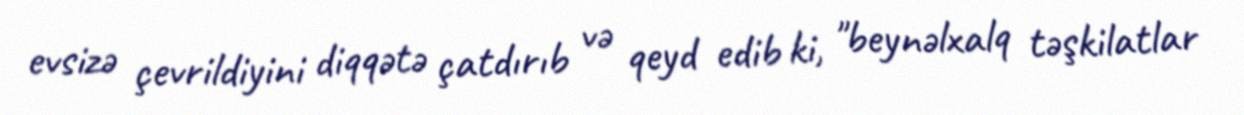
evsizə çevrildiyini diqqətə çatdırıb və qeyd edib ki, "beynəlxalq təşkilatlar